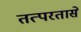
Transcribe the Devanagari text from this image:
तत्परतासे